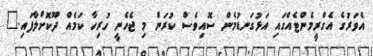
އެވަރުގެ އެގްރީމެންޓެއްގައި އަޅުގަނޑުމެން ސޮއިވެސް ކުރަން މި ޖެހެނީ ހުރިހާ ކަމެއް ދޫކޮށްލާފައި."